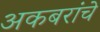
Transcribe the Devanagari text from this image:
अकबरांचे